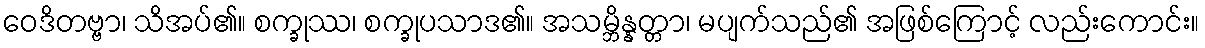
ဝေဒိတဗ္ဗာ၊ သိအပ်၏။ စက္ခုဿ၊ စက္ခုပသာဒ၏။ အသမ္ဘိန္နတ္တာ၊ မပျက်သည်၏ အဖြစ်ကြောင့် လည်းကောင်း။